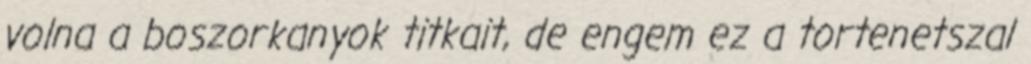
volna a boszorkanyok titkait, de engem ez a tortenetszal